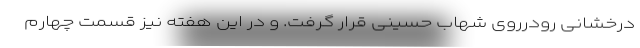
درخشانی رودرروی شهاب حسینی قرار گرفت. و در این هفته نیز قسمت چهارم